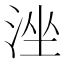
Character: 𣴶